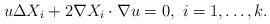
LaTeX: \begin{align*}u \Delta X_i + 2 \nabla X_i\cdot \nabla u =0, \ i=1,\dots, k.\end{align*}